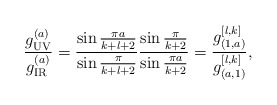
\begin{align*}{g_{\tiny\rm UV}^{(a)}\over{g_{\tiny\rm IR}^{(a)}}}={\sin{\pi a\over{k+l+2}}\over{\sin{\pi\over{k+l+2}}}}{\sin{\pi\over{k+2}}\over{\sin{\pi a\over{k+2}}}}={g^{[l,k]}_{(1,a)}\over{g^{[l,k]}_{(a,1)}}},\end{align*}